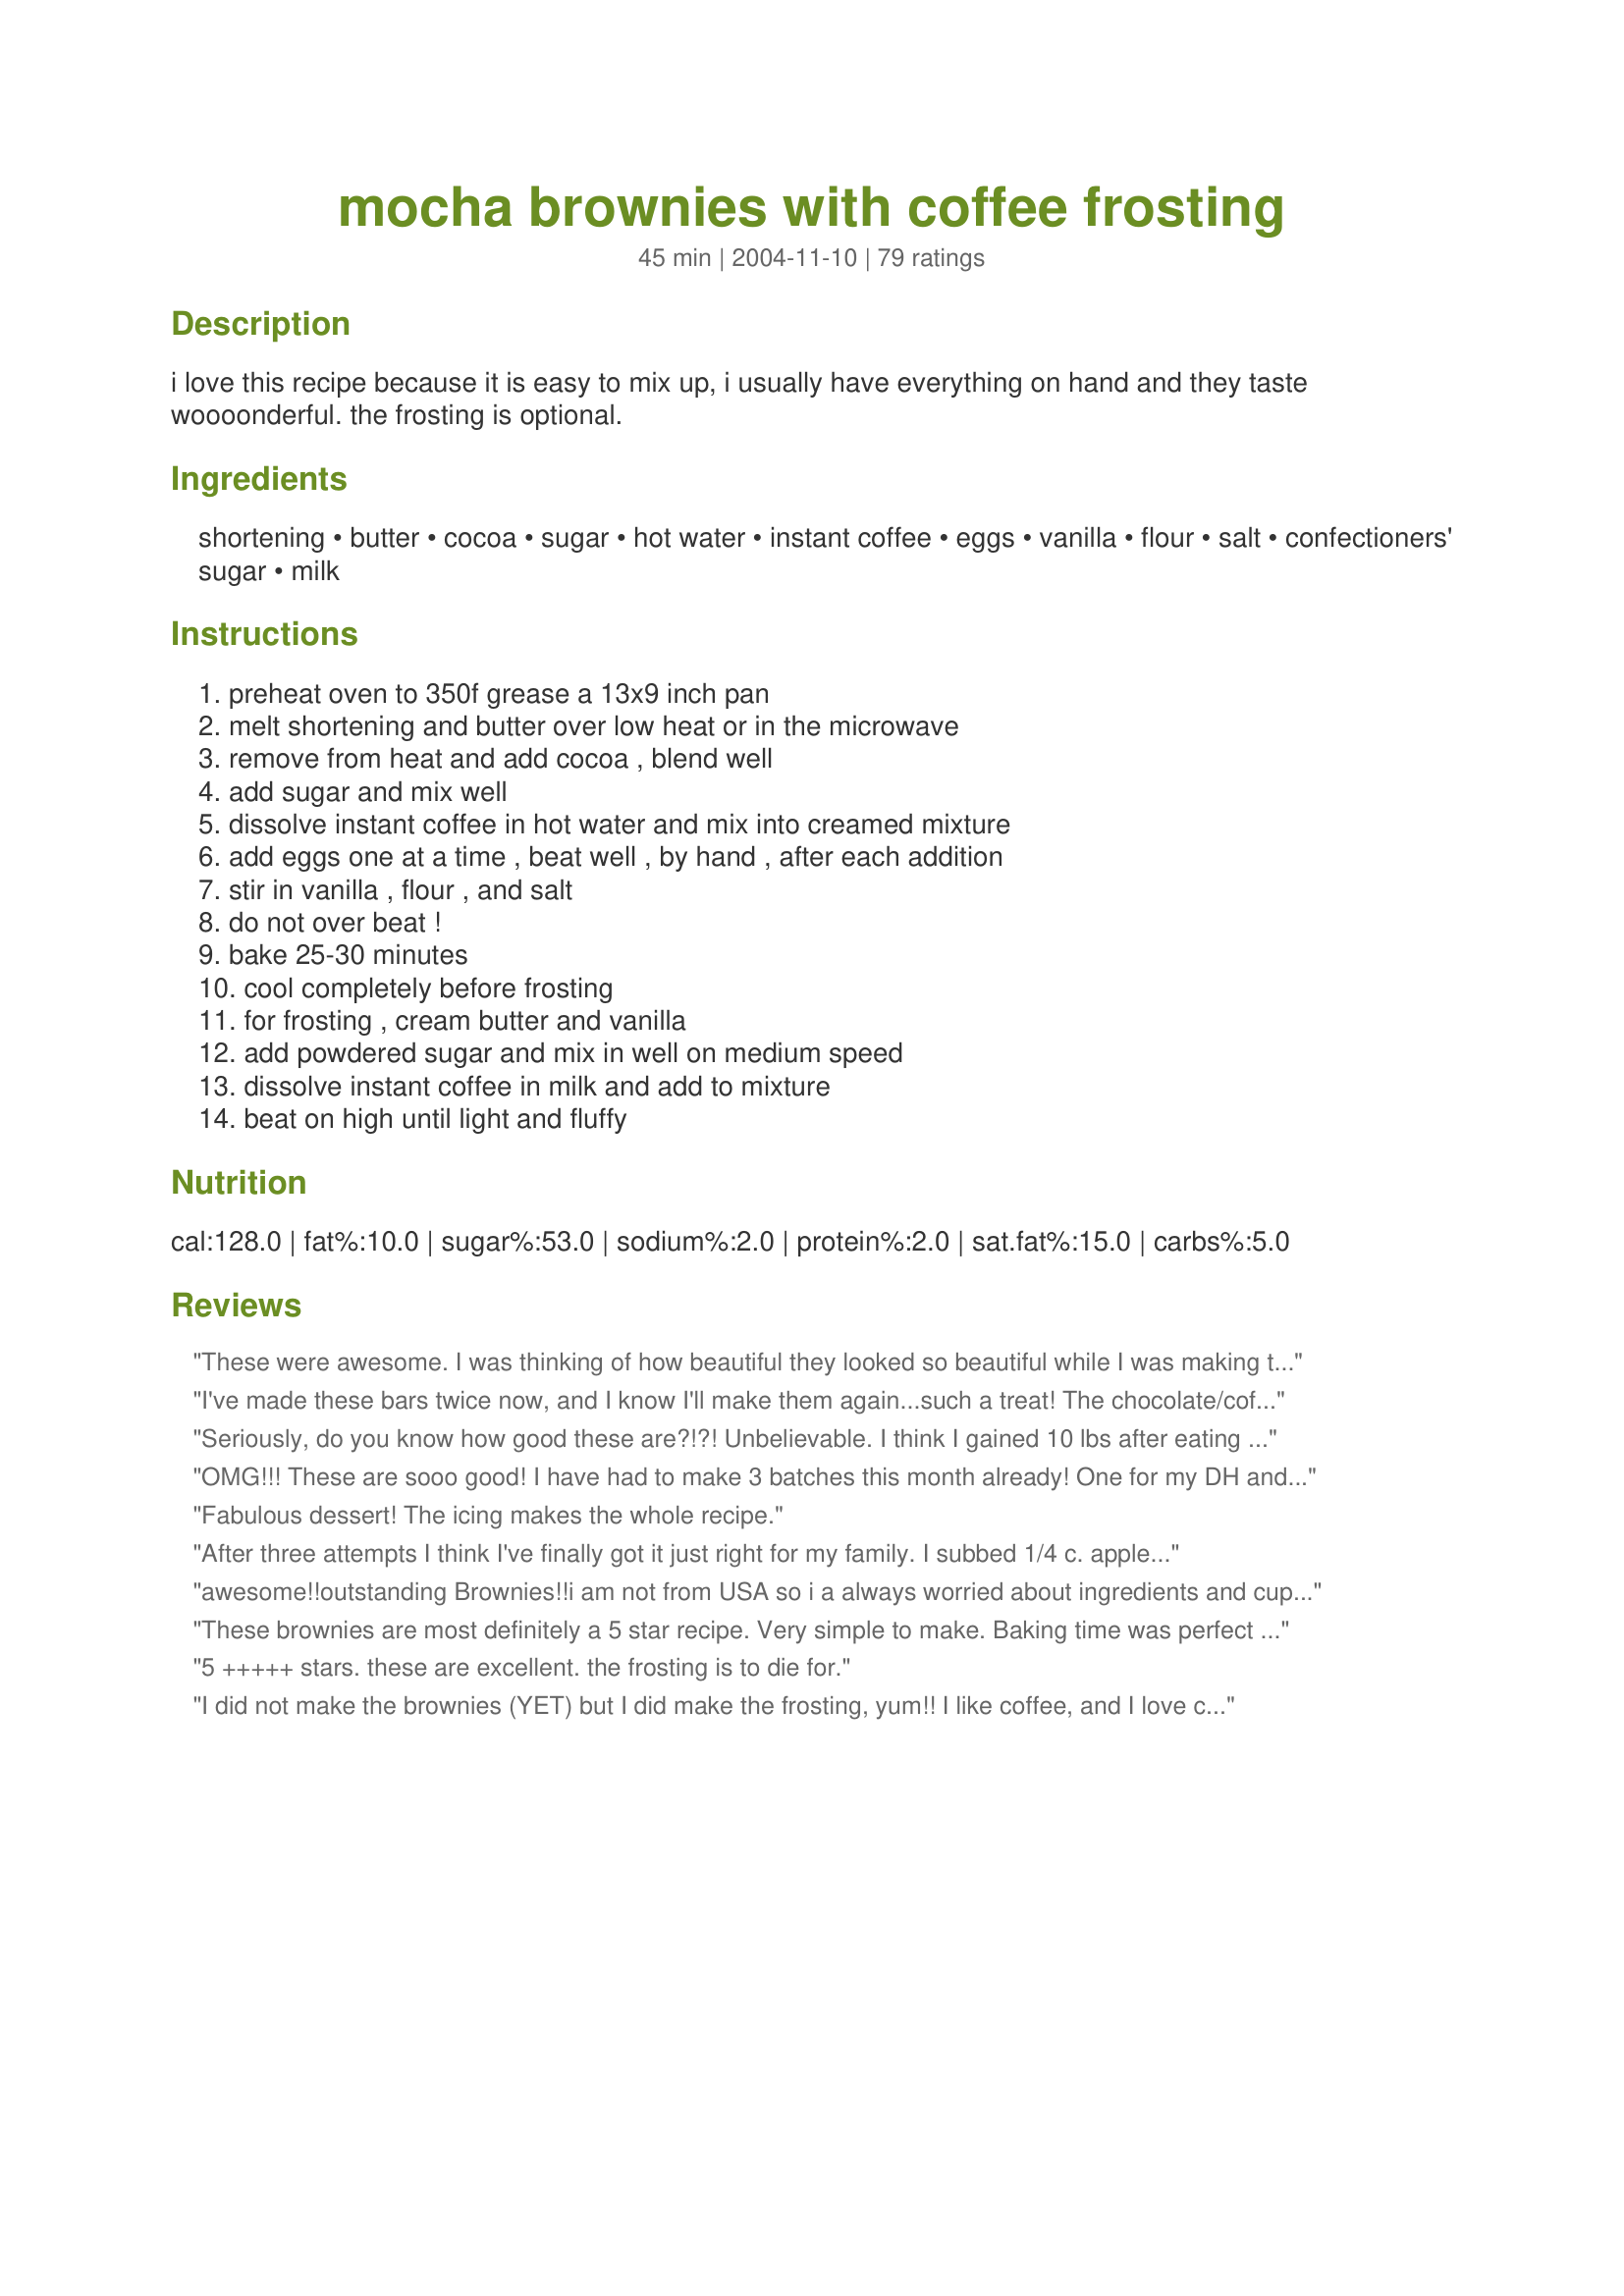
mocha brownies with coffee frosting
Preparation time: 45 minutes

i love this recipe because it is easy to mix up, i usually have everything on hand and they taste woooonderful. the frosting is optional.

Ingredients:
shortening, butter, cocoa, sugar, hot water, instant coffee, eggs, vanilla, flour, salt, confectioners' sugar, milk

Steps:
preheat oven to 350f grease a 13x9 inch pan, melt shortening and butter over low heat or in the microwave, remove from heat and add cocoa , blend well, add sugar and mix well, dissolve instant coffee in hot water and mix into creamed mixture, add eggs one at a time , beat well , by hand , after each addition, stir in vanilla , flour , and salt, do not over beat !, bake 25-30 minutes, cool completely before frosting, for frosting , cream butter and vanilla, add powdered sugar and mix in well on medium speed, dissolve instant coffee in milk and add to mixture, beat on high until light and fluffy

Reviews:
These were awesome.
I was thinking of how beautiful they looked so beautiful while I was making them. Im glad I messed up the frosting because without them, these things were really really sweet. I'd probably knowck the sugar back down to 1 cup if I make these again. Thank you so much these were very very moist and reminded me of a firmer version of flourless chocolate cake. They were incredibly rich and Im pretty much set on one. Again, awesome recipe!
I've made these bars twice now, and I know I'll make them again...such a treat! The chocolate/coffee combo is a winner every time! Thanks, Hazeleyes
Seriously, do you know how good these are?!?! Unbelievable. I think I gained 10 lbs after eating one but it was well worth it. Thank you, thank you, thank you....I think.
OMG!!! These are sooo good! I have had to make 3 batches this month already! One for my DH and me, one for our neighbors (that tried our first batch and had to have some), and another for the whole family. So, tonight is my husbands turn to do the baking! Love these! Great with a glass of milk!
Fabulous dessert! The icing makes the whole recipe.
After three attempts I think I've finally got it just right for my family. I subbed 1/4 c. applesauce and 1/4 c. oil for the shortening, reduced the sugar by a 1/2 c. and did 2 whole eggs and 2 egg whites. Final cooking time was 20 minutes and they were perfect!!! Thank you so much for a brownie recipe that everyone loves no matter how many times in a row I make them!
awesome!!outstanding Brownies!!i am not from USA so i a always worried about ingredients and cup measurements..... but this recipe worked perfectelly!!!
These brownies are most definitely a 5 star recipe. Very simple to make. Baking time was perfect - I didn't have to worry if they were cooked in the middle-they turned out perfect!
I also made the frosting but wasn't as happy with the results. It was good but too sweet for my taste. It isn't clear in the ingredients, but the instant coffee should be coffee grounds, not pre-made coffee. I will definitely make these brownies again!
5 +++++ stars. these are excellent. the frosting is to die for.
I did not make the brownies (YET) but I did make the frosting, yum!! I like coffee, and I love chocolate, so it was a hit for me! Nice and fluffy and creamy too. Used on the Ultra Moist Starbucks Cupcakes, thanks for a quick and easy recipe! Cheers
I made this today but didn't made the frosting as I was out of butter. I LOVE the flavour & texture, surely very moist. I have to make the frosting next time for sure. I might cut down the sugar little bit next time.Thanks for sharing this AWESOME recipe.
Easy to make and I usually can find all the ingredients in my cupboards. Great for coffee lovers!
I made this for our Wednesday night church supper and everyone just LOVED it!!!! It was delicious. Followed receipe exactly.
Marg, these are wonderful! I am a coffee lover, and these deliver! I cut sugar to 1 cup, because it is an issue for me, they turned out perfect!! Thanks for posting!! (I used a milk chocolate thin frosting, just right)
These were amazing. My fiancee loves coffee and suggested these.
They are so moist. He doesn't really like frosting so we omitted this and they were still delicious. I'll probably try the frosting next time to see how it tastes. I'd also like to try instant cappuccino mix to see how that turns out.
I took these to work and the chocolate loves really enjoyed them. Thanks for sharing
This is the BEST recipe for from scratch brownies and the frosting is sinfully delicious!I took to work and everyone who loves coffee asked me for the recipe.This is the best website on earth I swear :)
These are quite possibly the best brownies I've ever had! The brownie part is moist and fudgy and the frostimg compliments perfectly. I will be making again exactly as is and also using just the brownie recipe as a base for other add-ins. Thanks so much for sharing!
This is the best brownies I've ever made !!! I didnt make the frosting, I added dark & white chocolate chips instead. Will definetely make it again. Thank you so much !~
Wow! Marg these are really awesome brownies. They are so moist and fudgey that we ate them without frosting. A new family favourite. I didn't have any instant coffee so I used hot chocolate along with the cocoa, it made them very chocolatey. Thank you so much for sharing. I can't wait to try them with the coffee and frosting. These will be going on my christmas trays this year.
I used this frosting on your cappuccino muffins. It is really good, and definitely adds to the flavor. Thanks for a great recipe!
Boy, these jumped right up to the top of my "Favorites" list! YUM! Takes just minutes to mix up, bake, and serve. Even though mine aren't near as pretty as your picture, Marg, I bet they taste just as good! Thanks for this easy and delicious recipe. Tis a winner for sure! Laudee
I made these brownies for my DH's co-workers. (He works for the local police department.) Let me tell you....those people went NUTS!! DH said that people who normally don't drink coffee were even commenting on the outstanding taste. Well, that being said, I had to hurry up and make another batch for our family. I personally don't like the taste of coffee either but man, those folks were right...these brownies ROCK. I followed the recipe exactly except I also threw in some choc. chips on top just for good measure 8~)). [Btw, whodda thunk that brownies made with just dry cocoa would be so wonderfully gooey and moist? lol]Cooking time was perfect. Try this recipe and I promise you WON'T be disappointed. Thanks Marg for another 5 star recipe.
Wow! I am not your typical coffee drinker (more like I may have a cup once every 3 months lol) but my husband loves his coffee so my intent was that I would make it for him and since I like chocolate and coffee that hopefully I would like this too. I not only like it. I love it! Great recipe top to bottom. I would not change one thing about this recipe. Coffee enchances the flavor of chocolate. Very easy to make and I followed it to the letter. The icing is a must! I love it. My husband and I enjoyed this as well as our four children. I am definitely keeping this recipe and thank you Marg for sharing it with us.
I'm just rating the frosting, because I didn't make the brownies. I used it for a cake, and it was great! Easy to make, easy to work with, and decorates well. Thanks for the recipe!!
This is delicious!! I used a boxed brownie mix to save time; I did add the coffee to it but I don't think we could taste it. But the frosting... wow! Superb! It doesn't harden exactly, but you can touch it lightly without it sticking to your finger. It stays soft and fluffy tasting, and VERY coffee!
Wowzers! I think coffee and chocolate is my new favorite combo! These brownies are awsome. So easy to put together, made them and let them sit while dinner was cooking. Waited a bit then frosted. Made a perfect snack before bed. If there were more than 5*'s you would have it. Thanks for a totally awesome recipe
The reason I am making a review is because I used your frosting recipe. It is the most delicious coffee frosting recipe that I have tasted. So creamy and good. Thanks for sharing the recipe.
Marg,
These brownies are absolutely divine!!!The only change I made was to use a favorite pan of mine which is a 11x9. These are easy to prepare with minimal clean up and FANTASTIC taste. A new favorite that will be made often. Thanks, Marg:)These should have hundreds of five star reviews--PeggyLynn
Ok, so I took them to work and everybody is complaining because I'm making them fat!!!!! They LOVED this recipe - even those who are not coffee fans(are there really non-coffee drinkers out there??) - loved this brownie. thanks Marg - wouldn't change one thing.
These were delicious! I made these for a family party and they were the first of several desserts to be devoured. Easy to make, nice looking, great for parties. Absolutely delicious.
Wonderful!! Followed recipe and came out perfect.
These Brownies ahve become a family Favourite!They are easy to make and smell heavenly whilst baking,The coffee/Chocolate cobination is a Winner!Thanks for the recipe
So delicious and rich! I've made these many times and am ALWAYS asked for the recipe. They are so easy to make too!
These are delicious! I used all butter in the brownies, because I didn't realize I was out of shortening. Otherwise, I kept everything the same. I wouldn't change anything. This satisfies the chocolate lovers and the coffee lovers in our house. I made these for a bake sale, but knew that I would want some for myself, so I made an extra half batch and baked it in an 8" x 8" pan and baked the smaller pan for 20 minutes and it was perfect.
I can't truly rate this, as I didn't make the brownies, but made the frosting to go with Ultra Moist Starbucks Chocolate Cake (Or Cupcakes)
 But the icing was sooo good! I didn't have instant coffee, so I split the milk in half and used brewed coffee instead. Then to give more of a coffee flavor I added some of the coffee granules right into the icing, gave it an amazingly stronger coffee taste! Made 1 batch of icing for 12 cupcakes.
Incredible brownies!! they were perfectly yummy. they have the right amount of coffee flavor and are very moist and fudgey, if you don't over cook them!
These were awesome! I took them to our weekly Bible study and everyone wanted the recipe, and couldn't eat enough of them. I added choclate chips on top also.
This recipe sounds delicious, but I have a question - reading the amount of ingredients, I can't believe it is 48 servings. Are we talking teeny, tiny brownies, or is this a typo?
Awesome..Everyone loved these!
These were great. I followed the instructed exactly except that I didn't have any cocoa so I used a cup of hot cocoa mix. I had to cook them for the full 30 min and the middle was still not done all the way but I think they finished cooking in the pan. When I made the frosting, it was kind of runny, not sure why, the frosting set up for the most part.
Wonderful! An Adult Brownie! Loved the coffee flavor. Going in the keeper file!
SOOO amazing! I have tried my hand at SEVERAL brownie recipes, and they were bad! Either way to dry or very crumbly. I even tried each of them twice to be sure it wasnt me! Even the recipe on the back of my Nestle cocoa powder was just terrible. But This was just amazing! I did use two seperate baking dishes, so I could frost mine and not my husbands. Also I only put 1 1/2 cups of sugar. So It didnt take as long either (but I could have let them stay in there 5 more minutes for a chewier brownie, but I was scared to dry them out)
. I also added some Cocoa to the frosting mix and cut it down by half, but man I could have used it all on mine! haha.. BRAVO!! 5 stars!!
These were wonderful, very rich and loved the coffee flavor even though I don't drink coffee. I only used half of the frosting which seemed just right.
My mother in St. Louis has fallen in love with these. I just mailed a batch to her yesterday. Easy, moist and most of all delicious.
Oh ME -Oh My! I will not be making these again any time soon...for the simple fact "I ate the whole thing". Really, these are great and I can't stay out of the pan. I absolutely love the icing. mmmmm-mmmmm-mmm!
Ok, I couldn't get enough of these. They're very rich, but absolutely, positively divine. I took the pan to church so I wouldn't eat them all myself. They were gone in minutes. I will make again for company or picnics.
I knew when I saw the picture and the reviews that I was gonna love this one and boy...I wish I could give it ten stars. YUMMMY!!! The only thing I did different was I added 1 tbs.cocoa to the instant coffee and 2Tbs. hot water to mix for the frosting. OOOOOOh these are terribly tempting-
My favorite brownie! Both the icing and the brownie are excellent. I made the brownies with all butter and with instant espresso instead of instant coffee and they came out fine. I did find the icing to be a bit sweet (this may be bc I had to use almond extract instead of vanilla), so I sprinkled some instant espresso on top and that really balanced the flavors. Another note about the icing: it is very heat sensitive, so you may want to put them in the fridge to get it to set, and if you are traveling in a warm car, you might want to have them in a cooler so the icing doesn't run.
Great recipe! This is sweet so be warned. The frosting is divine!! My family thought the brownie was cakey, but that was ok. I froze this after baking-frosting-and slicing right in the pan, well covered. Brought to room temperature on the counter and it was fantastic! OAMC recipe for sure. Thanks!
Very rich, but delicious. I think I could have halved the frosting, or eliminated it all together. The brownie itself was the perfect consistency and very tasty. I will be making again!
Awesome recipe! These were so good and so easy to make. I liked that it made enough to fill a 13x9 pan. I think I will even start to use the frosting recipe on my chocolate cakes from now on. Thanks!
These are sooooooo good and so yummy! My house smells like a 5 star bakery and I have just finished baking these. They are tantalising!!! I baked them at 180C for 20 minutes. I think I could start my own bakery someday and if I ever do, this is going to be on the menu, I promise you! Big hugs for posting this incredible recipe!
I only made the frosting--needed a coffee frosting and was lucky to find this one--easy to do, pipes beautifully and tastes terrific. I used espresso powder dissolved in 1/2 and 1/2. Thanks, Marg!
What can I say but WOOHOO are these great! So chocolately and moist and between my husband and myself we have done away with half the pan and I made them yesterday! ACK! I actually used a french vanilla cappuccino mix and ya know what? I was pleasantly surprised. It tastes pretty darn good. I think if I thought they would stick around longer than 2 days I would have topped them with mini chocolate chips just for that little something extra. Make these! I promise you will love them. If not, send them to me! Ha, ha. Thanks for a great recipe.
These brownies were perfect...easy to make and they looked great. I even did the recipe steps in the wrong order and they still came out perfectly! The coffee/chocolate combo was a winner for an office potluck, and everyone loved it.
Wonderful treat! Great brownie and the icing is a must! It all gets just a bit too sweet for us, but I would not omit the icing , but maybe even halve the sugar in dough, instead. I would also add some more bitternes to the dough with more coffe. Awsome!
This is such a great combination of flavors! I used butter flavored Crisco for the shortening and also used an 8x11 pan so the brownies would be even thicker and fudgier! Thanks for a great recipe!
Yummy brownies. Used about 1 1/2 c. sugar - made coffee flavor more pronounced. Frosting was delicious and SO easy. Will def make again. Thanks for sharing!
Didn't try the brownie mix, but the frosting is wonderful!!
I won't rate this, because perhaps I did something wrong, but after following the directions exactly, my brownies turned out drier than I would have liked. The flavor was wonderful, though, so I'll probably give them a try again some other time.
These are good, but I have to agree with some of the other comments, that they are pretty sweet. The frosting is perfect, but I think I would cut the sugar in the brownies a bit next time. They are incredibly moist though. Thanks for sharing.
I have to agree with everyone, these are great. Very moist, and a great taste combination with the deep chocolate and coffee flavors.
Marg, I don't know if I should kiss you or curse you -- these are incredible!!!! I have made them three times already. I've followed the recipe exactly and they turn out moist and fudgy and delicious -- and that's saying a lot because I typically am not a fan of brownies. This one is definately a keeper and will be made many times over. Thanks for another great and easy recipe.
This recipe isn't very "hip friendly" but it's so worth it!The texture is fudgey and the icing is awesome.This was my first time making brownies from scratch...so much better than the box! Thanks so much!
These are sinful! And delicious! Brownies and coffee, what could ever go wrong. I probably won't be making them often because I have no will power and will eat the entire pan by myself.
Thanks for the recipe.
The brownies could use more coffee flavor (I'll double it next time), and the frosting is good, but a little on the sweet side for me. I'm a little bummed at how easy the frosting melts, so you can't have anything but a fridge-cold brownie. :-(
What's to say? Delicious.
What a freakin' treat!!! These were amazingly sweet and rich...perfection...I've made them more than once and they get requested frequently. Thank u soooo much for this recipe.
I discovered I didn't have any shortening but I really wanted to try these, so I subbed another 1/2 c. of butter. This made an extremely dense, fudgy brownie but the taste was out of this world. I generally am not a fan of brownies and actually made these for dh, but I haven't been able to leave them alone! They will not be made often because they are definitely not WW friendly and I seem to have no willpower where these are concerned, but they are amazing!
The best! I made this for a family event and it was a HUGE hit. My own family is already asking me to make this again. The only problem is that I am trying to diet, and this cake is WAY to tempting. BTW, an added bonus is that this cake is very easy to make.
I have got to give these a big 5, but I did have a small problem with baking them. Small... as in my 2 year old DS turned the knob on the stove and I accidently under-cooked them :( I ate the ends off and had to throw the rest away. But the ends that I ate were so terrific that I will be making this again -- during NAP-TIME! :) Thanks for the great post!!
These brownies are easy to make and taste wonderful! The frosting is best part.
Great recipe! Easy to make and this is my favorite frosting ever. Thanks for sharing!
Incredibly sweet...and that was after I cut half a cup of sugar from the brownie mix. The frosting is also really sweet. 1 or 1.5 cups of confectioner's sugar is probably enough for the frosting.
I had a brain fart when I made these and accidentally halved the butter in both the brownies and the frosting. I caught my mistake in time to add a couple tablespoons of cream as a substitute, but I couldn't do anything about the brownies. Even then, they tasted great! Thanks for the recipe!
Coffee lovers look out!! These brownies were awesome. Smooth, moist, chocolate coffee taste. A big hit.
These are really easy to make and good too!. My frosting didn't get too thick, but I think it was just too hot in the kitchen. Next time I might have to add a bit more powdered sugar if it doesn't set up right.
Very Good, except I thought the frosting was way too sweet, I would either omit the frosting or cut the sugar in half. But all in all a good brownie!
On the other hand my daughter loved the frosting, it's a personal taste.
Kasia#3
